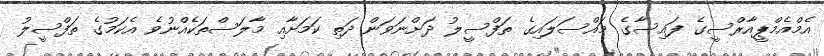
އެމްއެމްޕީއާރްސީގެ ފައިސާގެ މައްސަލައިގެ ތަފްސީލު ދަށްނަވަން ދަތި ކަމަށާއި މާލަސްތަކެއްނުވެ އެކަމުގެ ތަފްސީލު